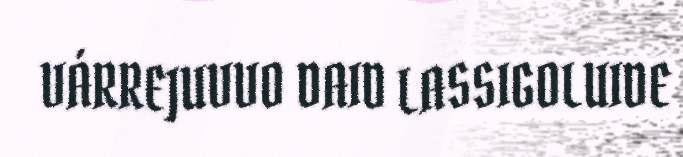
VÁRREJUVVO DAID LASSIGOLUIDE